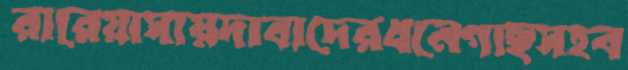
রারেয়াসায়দাবাদেরধনেগাছসহব